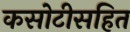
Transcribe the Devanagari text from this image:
कसोटीसहित